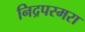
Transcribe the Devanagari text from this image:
निद्रपस्मरा